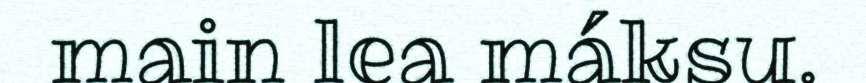
main lea máksu.